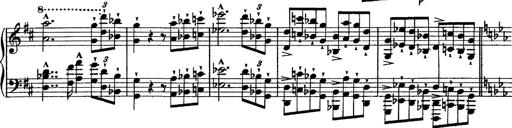
Title: Piano Sonata
Composer: Karl HÃ¤ssler
Key: C major